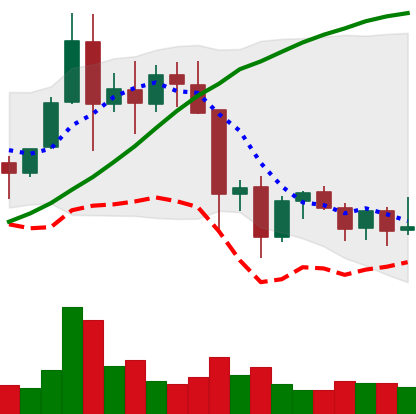
Ticker: EOS-USD
Chart end date: 2021-11-25
Forward return: -3.34%
Label: down_3_5